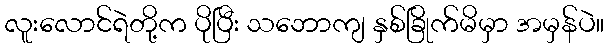
လူးလောင်ရဲတို့က ပိုပြီး သဘောကျ နှစ်ခြိုက်မိမှာ အမှန်ပဲ။